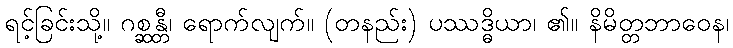
ရင့်ခြင်းသို့။ ဂစ္ဆန္တီ၊ ရောက်လျက်။ (တနည်း) ပဿဒ္ဓိယာ၊ ၏။ နိမိတ္တဘာဝေန၊